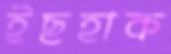
ইছহাক